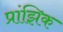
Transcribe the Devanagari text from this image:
प्रांझिक